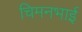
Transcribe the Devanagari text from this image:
चिमनभाई